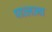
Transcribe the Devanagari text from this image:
पाव्लव्ना